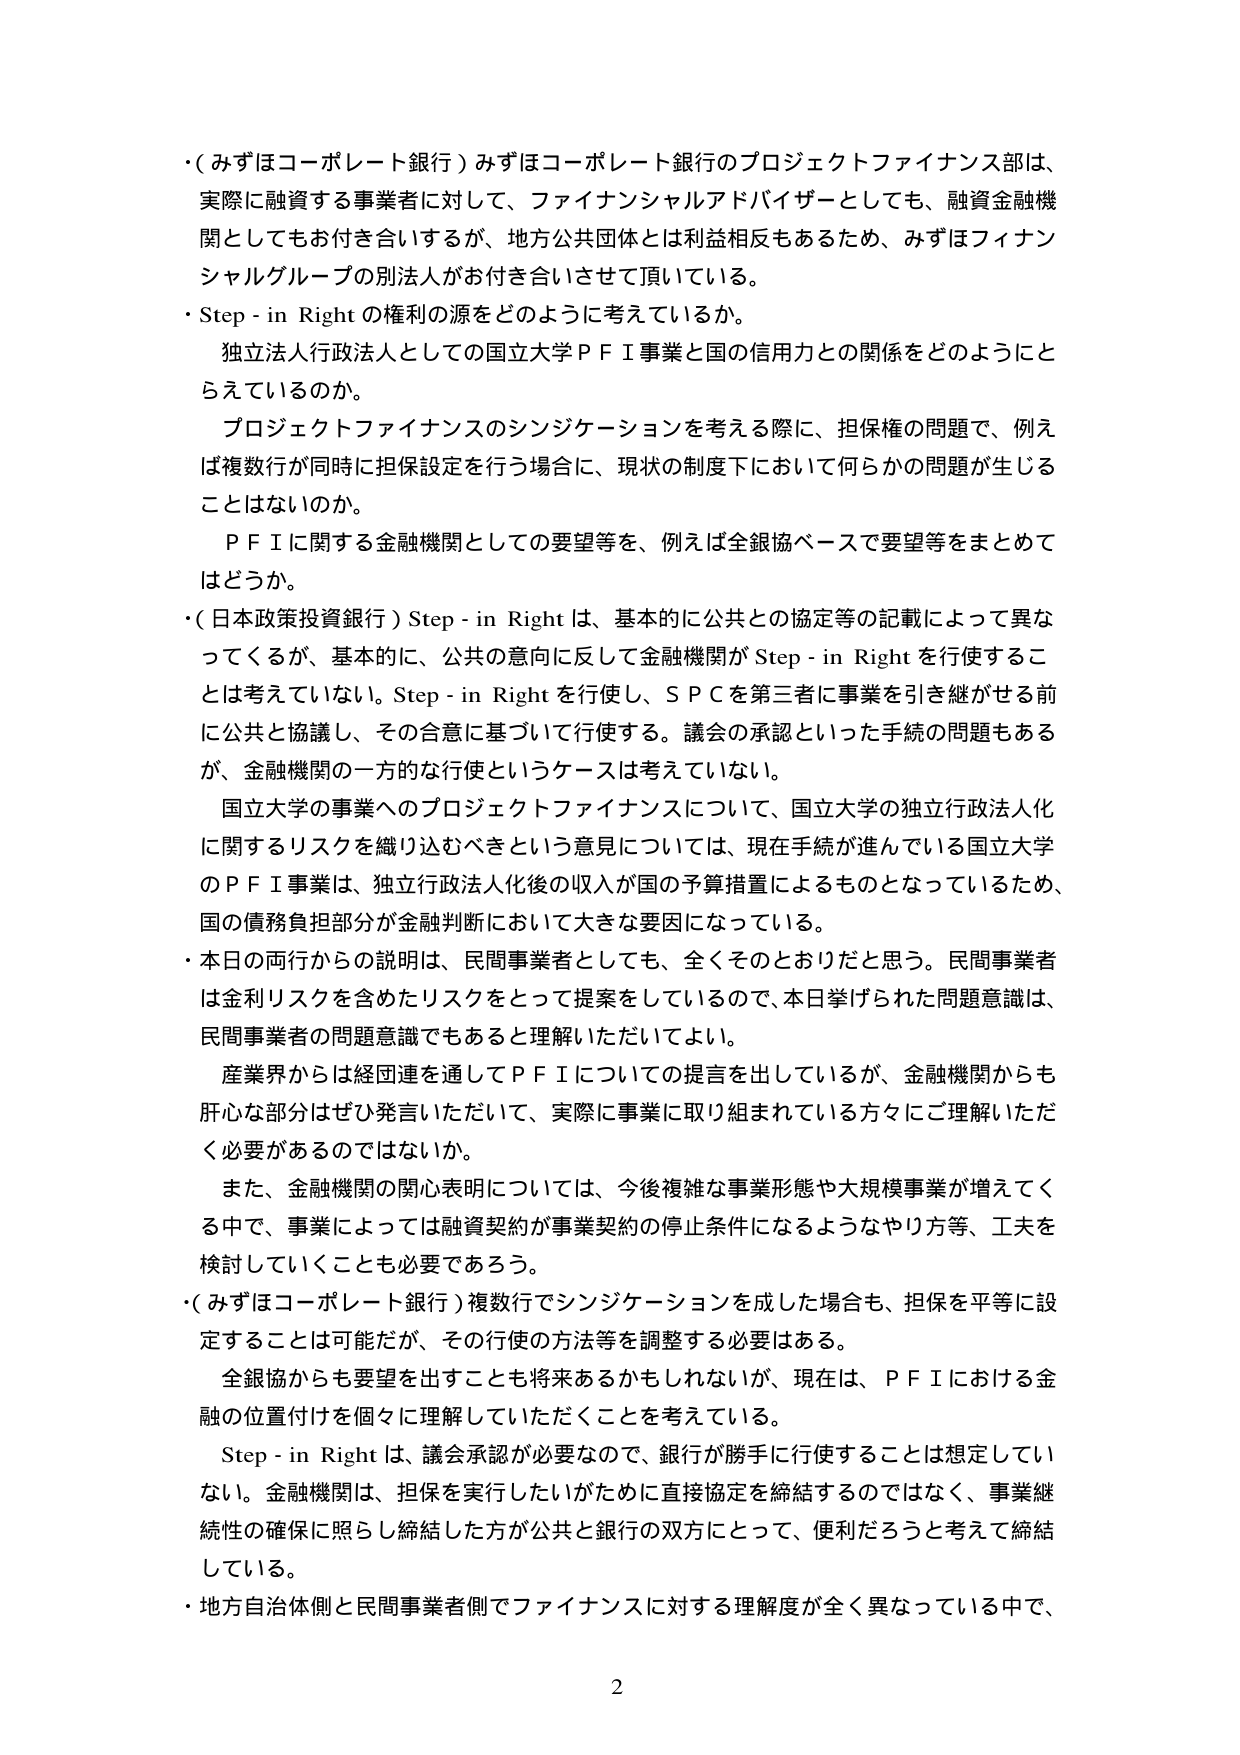
・（みずほコーポレート銀行）みずほコーポレート銀行のプロジェクトファイナンス部は、実際に融資する事業者に対して、ファイナンシャルアドバイザーとしても、融資金融機関としてもお付き合いするが、地方公共団体とは利益相反もあるため、みずほフィナンシャルグループの別法人がお付き合いさせて頂いている。

・Step - in Right の権利の源をどのように考えているか。
　独立法人行政法人としての国立大学ＰＦＩ事業と国の信用力との関係をどのようにとらえているのか。
　プロジェクトファイナンスのシンジケーションを考える際に、担保権の問題で、例えば複数行が同時に担保設定を行う場合に、現状の制度下において何らかの問題が生じることはないのか。
　ＰＦＩに関する金融機関としての要望等を、例えば全銀協ベースで要望等をまとめてはどうか。

・（日本政策投資銀行）Step - in Right は、基本的に公共との協定等の記載によって異なってくるが、基本的に、公共の意向に反して金融機関が Step - in Right を行使することは考えていない。Step - in Right を行使し、ＳＰＣを第三者に事業を引き継がせる前に公共と協議し、その合意に基づいて行使する。議会の承認といった手続の問題もあるが、金融機関の一方的な行使というケースは考えていない。
　国立大学の事業へのプロジェクトファイナンスについて、国立大学の独立行政法人化に関するリスクを織り込むべきという意見については、現在手続が進んでいる国立大学のＰＦＩ事業は、独立行政法人化後の収入が国の予算措置によるものとなっているため、国の債務負担部分が金融判断において大きな要因になっている。

・本日の両行からの説明は、民間事業者としても、全くそのとおりだと思う。民間事業者は金利リスクを含めたリスクをとって提案をしているので、本日挙げられた問題意識は、民間事業者の問題意識でもあると理解いただいてよい。
　産業界からは経団連を通じてＰＦＩについての提言を出しているが、金融機関からも肝心な部分はぜひ発言いただいて、実際に事業に取り組まれている方々にご理解いただく必要があるのではないか。
　また、金融機関の関心表明については、今後複雑な事業形態や大規模事業が増えてくる中で、事業によっては融資契約が事業契約の停止条件になるようなやり方等、工夫を検討していくことも必要であろう。

・（みずほコーポレート銀行）複数行でシンジケーションを成した場合も、担保を平等に設定することは可能だが、その行使の方法等を調整する必要はある。
　全銀協からも要望を出すことも将来あるかもしれないが、現在は、ＰＦＩにおける金融の位置付けを個々に理解していただくことを考えている。
　Step - in Right は、議会承認が必要なので、銀行が勝手に行使することは想定していない。金融機関は、担保を実行したいがために直接協定を締結するのではなく、事業継続性の確保に照らし締結した方が公共と銀行の双方にとって、便利だろうと考えて締結している。

・地方自治体側と民間事業者側でファイナンスに対する理解度が全く異なっている中で、

2